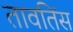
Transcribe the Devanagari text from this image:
तावतिंस